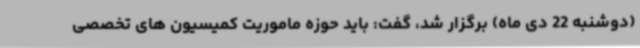
(دوشنبه 22 دی ماه) برگزار شد، گفت: باید حوزه ماموریت کمیسیون های تخصصی